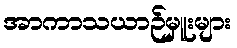
အာကာသယာဉ်မှူးများ